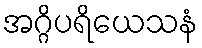
အဂ္ဂိပရိယေသနံ